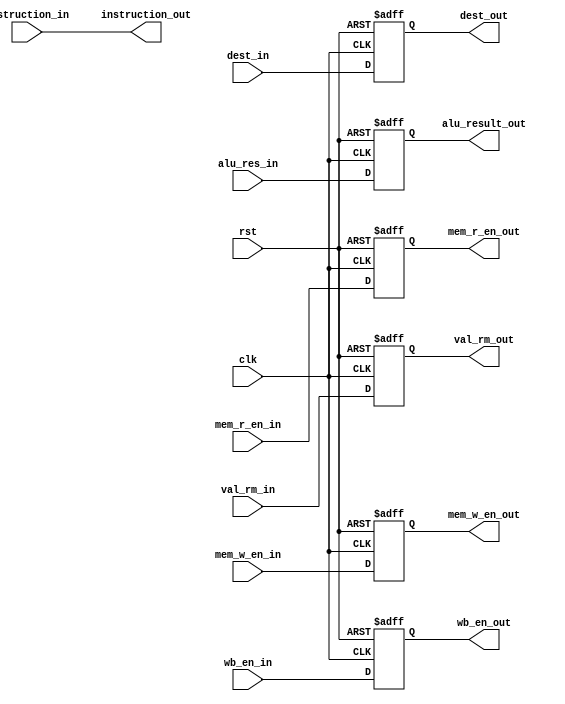

module EXE_Stage_Reg(clk, rst, wb_en_in, mem_r_en_in, mem_w_en_in, alu_res_in,
  		dest_in, val_rm_in, wb_en_out, mem_r_en_out, mem_w_en_out, alu_result_out, val_rm_out, dest_out, instruction_in, instruction_out);

  input clk, rst ,wb_en_in, mem_r_en_in, mem_w_en_in;
  input [31:0] alu_res_in, val_rm_in, instruction_in;
  input [3:0] dest_in;
  output reg wb_en_out, mem_r_en_out, mem_w_en_out;
  output reg [31:0] alu_result_out, val_rm_out;
  output [31:0]instruction_out;
  output reg [3:0] dest_out;

	assign instruction_out = instruction_in;

  always @ (posedge clk, posedge rst) begin
    if (rst) begin      
	val_rm_out <= 32'b00000000000000000000000000000000;
	alu_result_out <= 32'b00000000000000000000000000000000;
	dest_out <= 4'b0000;
	wb_en_out <= 1'b0;
	mem_w_en_out <= 1'b0; 
	mem_r_en_out <= 1'b0;
    end else begin
	val_rm_out <= val_rm_in; 
	wb_en_out <= wb_en_in;
	dest_out <= dest_in;
	mem_r_en_out <= mem_r_en_in;
	mem_w_en_out <= mem_w_en_in;
	alu_result_out <= alu_res_in;
    end
  end
  
endmodule